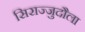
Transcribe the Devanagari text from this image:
सिराज्जुदौला